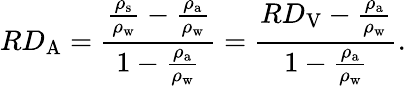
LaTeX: RD_{\mathrm{A}}={\frac{{\frac{\rho_{\mathrm{s}}}{\rho_{\mathrm{w}}}}-{\frac{\rho_{\mathrm{a}}}{\rho_{\mathrm{w}}}}}{1-{\frac{\rho_{\mathrm{a}}}{\rho_{\mathrm{w}}}}}}={\frac{RD_{\mathrm{V}}-{\frac{\rho_{\mathrm{a}}}{\rho_{\mathrm{w}}}}}{1-{\frac{\rho_{\mathrm{a}}}{\rho_{\mathrm{w}}}}}}.